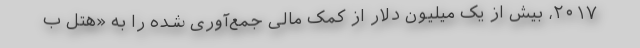
۲۰۱۷، بیش از یک میلیون دلار از کمک مالی جمع‌آوری شده را به «هتل ب